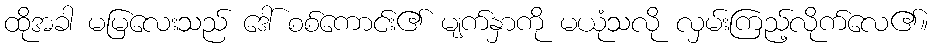
ထိုအခါ မမြလေးသည် ဒေါ် စစ်ကောင်း၏ မျက်နှာကို မယုံသလို လှမ်းကြည့်လိုက်လေ၏။